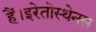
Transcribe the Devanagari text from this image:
हैं।इरेतोस्थेनस